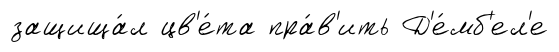
защища́л цв'е́та пра́в'ить Д'е́мб'ел'е